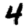
Digit: 4